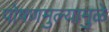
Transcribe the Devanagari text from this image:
पोषणमुल्यामुळे